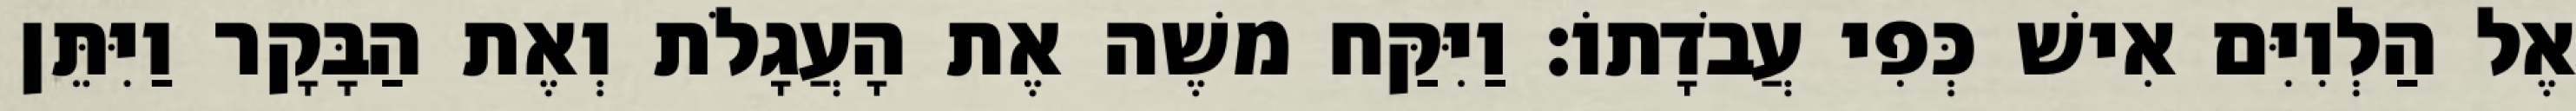
אֶל הַלְוִיִּם אִישׁ כְּפִי עֲבֹדָתוֹ׃ וַיִּקַּח משֶׁה אֶת הָעֲגָלֹת וְאֶת הַבָּקָר וַיִּתֵּן